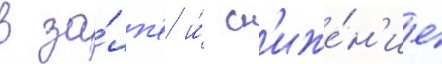
в за́лп'е и́ сн'иже́н'ие